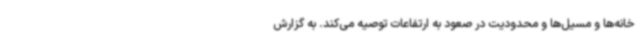
خانه‌ها و مسیل‌ها و محدودیت در صعود به ارتفاعات توصیه می‌کند. به گزارش